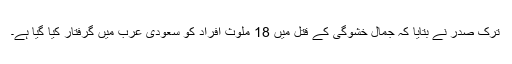
ترک صدر نے بتایا کہ جمال خشوگی کے قتل میں 18 ملوث افراد کو سعودی عرب میں گرفتار کیا گیا ہے۔